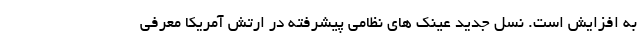
به افزایش است. نسل جدید عینک های نظامی پیشرفته در ارتش آمریکا معرفی